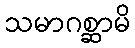
သမာဂစ္ဆာမိ